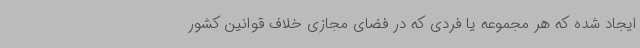
ایجاد شده که هر مجموعه یا فردی که در فضای مجازی خلاف قوانین کشور